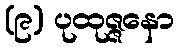
(၉) ပုထုဇ္ဇနော